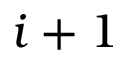
i + 1